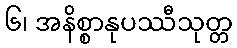
၆၊ အနိစ္စာနုပဿီသုတ္တ